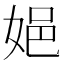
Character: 㛕